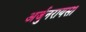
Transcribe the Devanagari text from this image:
अर्जुनरायसा